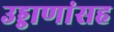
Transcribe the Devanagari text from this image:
उड्डाणांसह